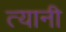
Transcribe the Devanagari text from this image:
त्‍यानी